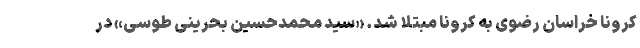
کرونا خراسان رضوی به کرونا مبتلا شد. «سید محمدحسین بحرینی طوسی» در